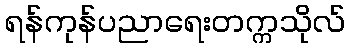
ရန်ကုန်ပညာရေးတက္ကသိုလ်